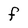
Character: f